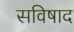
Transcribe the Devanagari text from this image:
सविषाद